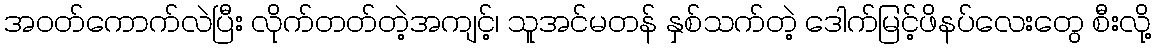
အဝတ်ကောက်လဲပြီး လိုက်တတ်တဲ့အကျင့်၊ သူအင်မတန် နှစ်သက်တဲ့ ဒေါက်မြင့်ဖိနပ်လေးတွေ စီးလို့